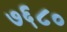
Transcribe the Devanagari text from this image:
७६८०